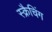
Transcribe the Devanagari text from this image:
स्क्रैचिंग